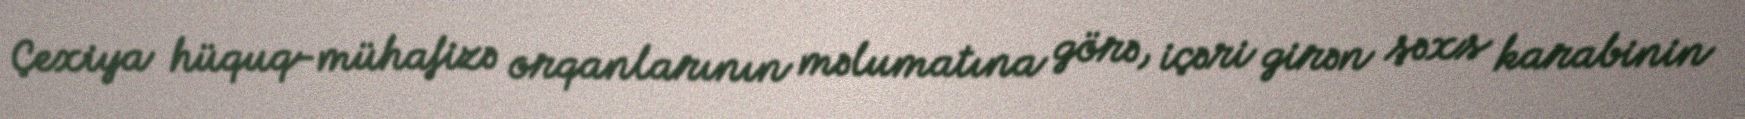
Çexiya hüquq-mühafizə orqanlarının məlumatına görə, içəri girən şəxs karabinin